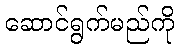
ဆောင်ရွက်မည်ကို